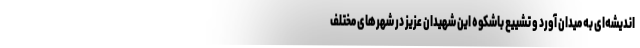
اندیشه‌ای به میدان آورد و تشییع باشکوه این شهیدان عزیز در شهرهای مختلف